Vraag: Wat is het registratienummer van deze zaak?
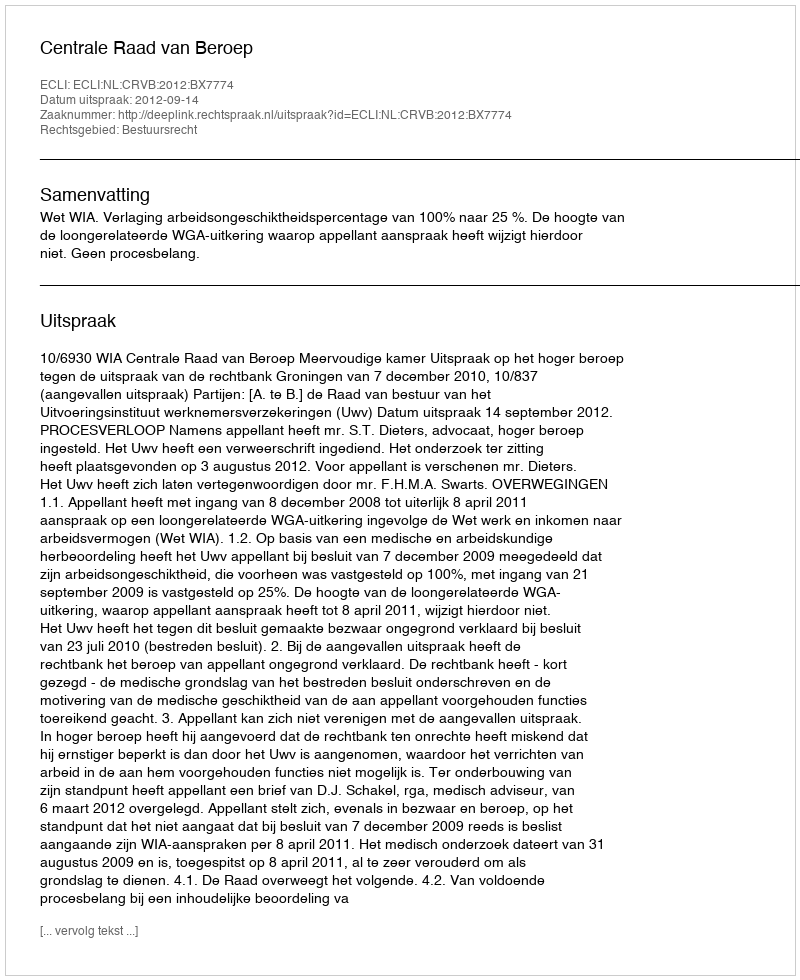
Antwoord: http://deeplink.rechtspraak.nl/uitspraak?id=ECLI:NL:CRVB:2012:BX7774